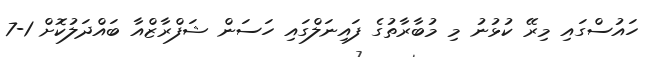
ހައުސްގައި މިރޭ ކުޅުނު މި މުބާރާތުގެ ފައިނަލްގައި ހަސަން ޝަފްރާޒްއާ ބައްދަލުކޮށް 1-7